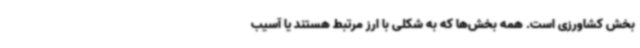
بخش کشاورزی است. همه بخش‌ها که به شکلی با ارز مرتبط هستند یا آسیب‌